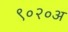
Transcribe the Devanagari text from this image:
९०२०अ